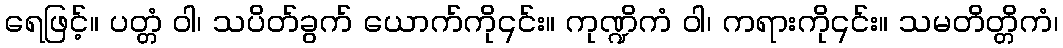
ရေဖြင့်။ ပတ္တံ ဝါ၊ သပိတ်ခွက် ယောက်ကို၎င်း။ ကုဏ္ဍိကံ ဝါ၊ ကရားကို၎င်း။ သမတိတ္တိကံ၊